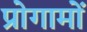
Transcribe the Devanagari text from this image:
प्रोगामों